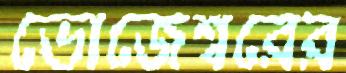
ভোজেশ্বরের